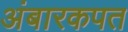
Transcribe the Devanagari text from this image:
अंबारकपत